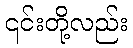
၎င်းတို့လည်း